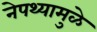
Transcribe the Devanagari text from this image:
नेपथ्यामुळे